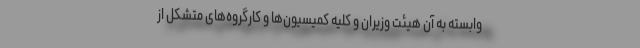
وابسته به آن هیئت وزیران و کلیه کمیسیون‌ها و کارگروه‌های متشکل از